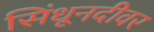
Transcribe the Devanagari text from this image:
सिंधूनदीवर